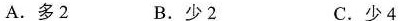
A.多2 B.少2 C.少4